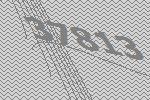
37813